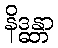
နိဒ္ဓန္တာ